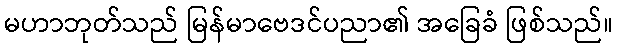
မဟာဘုတ်သည် မြန်မာဗေဒင်ပညာ၏ အခြေခံ ဖြစ်သည်။